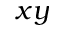
x y